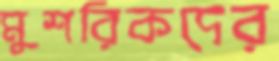
মুশরিকদের